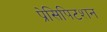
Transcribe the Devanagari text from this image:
प्रेसिपिटशन